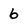
Character: 6